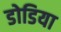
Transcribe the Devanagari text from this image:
डोडिया